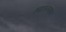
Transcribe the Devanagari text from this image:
हमरस्त्यावर